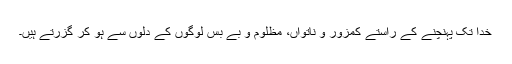
خدا تک پہنچنے کے راستے کمزور و ناتواں، مظلوم و بے بس لوگوں کے دلوں سے ہو کر گزرتے ہیں۔